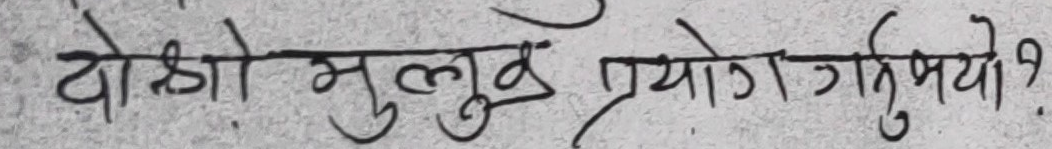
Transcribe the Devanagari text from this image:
दोहो मुलक प्रयोग गरिनुपयो ?